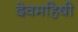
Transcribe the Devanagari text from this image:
देवमहिषी